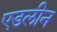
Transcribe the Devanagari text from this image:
एडलीन